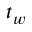
t _ { w }